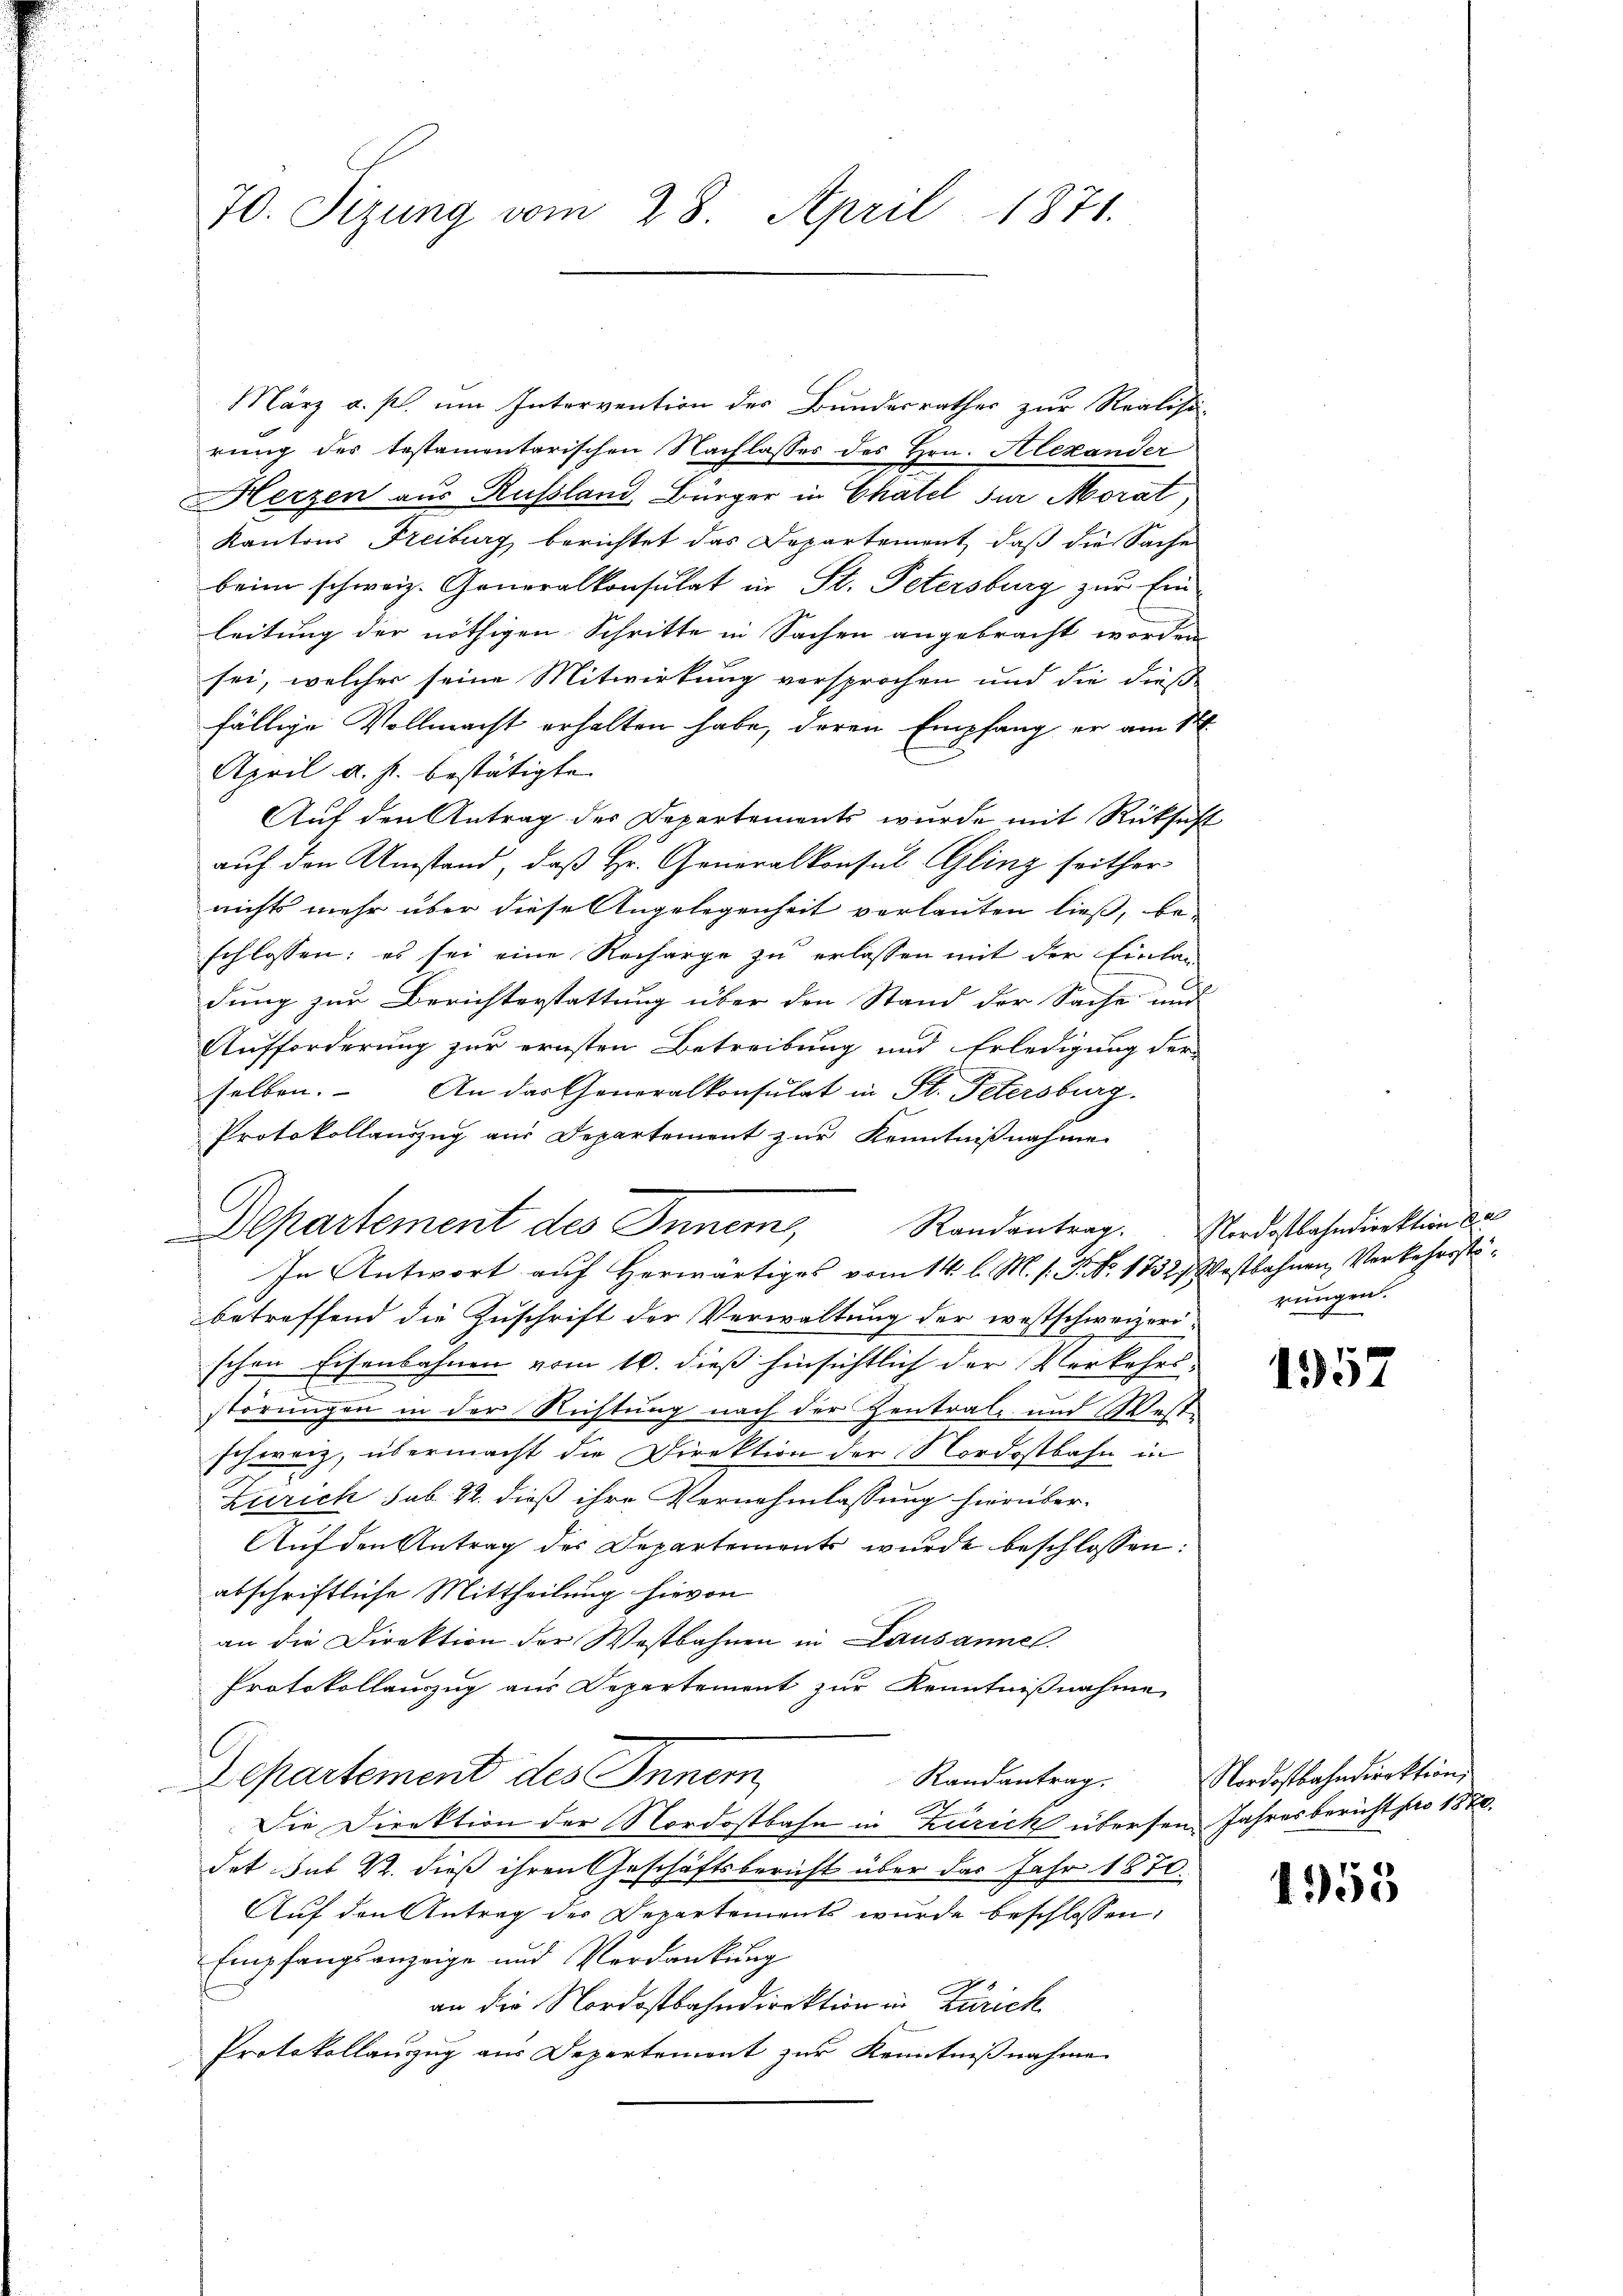
70. Sizung vom 28. April 1871.

März a. s. um Intervention des Bunderrathes zur Realisi-
rung des testamentarischen Nachlasses des Hrn. Alexander
Herzen aus Russland Bürger in Chatel für Morat,
Kantons Freiburg berichtet das Departement, daß die Sache
beim schweiz. Generalkonsulat in St. Petersburg zur Ein-
leitung der nöthigen Schritte in Sachen angebracht worden
sei, welcher seine Mitwirkung versprochen und die dieß
fällige Vollmacht erhalten habe, deren Empfang er am 14.
April a. p. bestätigte
Auf den Antrag des Departements wurde mit Rücksicht
auf den Umstand, daß Hr. Generalkonsul Glinz seither-
nichts mehr über diese Angelegenheit verlauten ließ, be-
schlossen; es sei eine Recharge zu erlassen mit der Eintan-
dung zur Berichterstattung über den Stand der Sache und
Aufforderung zur ernsten Betreibung und Erledigung der
selben. An das Generalkonsulat in St. Petersburg.
Protokollauszug aus Departement zur Kenntnißnahme
In Antwort auf Herwärtiges vom 14. l. M. s. S. Nr. 1832) Westbahnen Verkehrstebetreffend die Zuschrift der Verwaltung der westschweizerischen Eisenbahnen vom 16. dieß hinsichtlich der Verkehrsstörungen in der Richtung nach der Zentral- und Westschweiz, übermacht die Direktion der Nordostbahn in
Zürich sub. 22. dieß ihre Vernehmlassung hierüber-
Auf den Antrag des Departements wurde beschlossen:
abschriftliche Mittheilung hievon
an die Direktion der Westbahnen in Lausannes.
Protokollauszug aus Departement zur Kenntnißnahme
s
Departement des Innern,
Randantrag.
Die Direktion der Nordostbahn in Zürich übersen Jahresbericht pro 1870.
det sub 22. dieß ihren Geschäftsbericht über das Jahr 1870.
Auf den Antrag der Departements wurde beschlossen:
Empfangsanzeige und Verdankung
an die Nordostbahndirektion in Zürich
Protokollauszug aus Departement zur Kenntnißnahme

Departement des Innern, Randantrag. Nordostbahndirektion de

rungen.

1957

Nordostbahndirektion,

1355